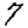
Digit: 7